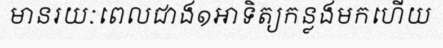
មានរយៈពេលជាង១អាទិត្យកន្លងមកហើយ